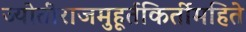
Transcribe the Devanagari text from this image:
ज्योतीराजमुहूर्तकिर्तीमहिते